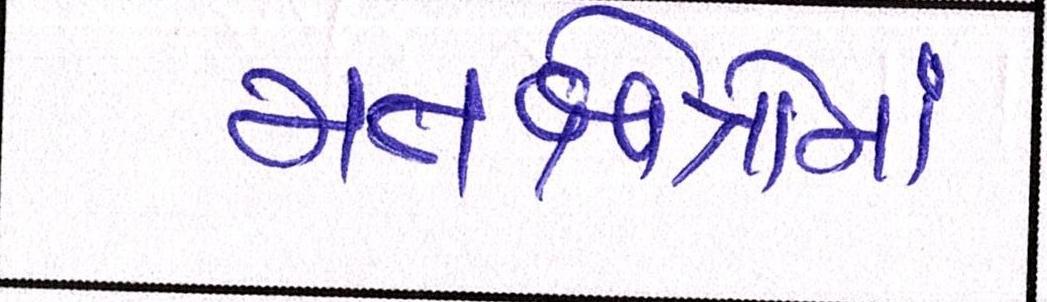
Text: મતક્ષેત્રોમાં